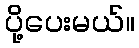
ပို့ပေးမယ်။